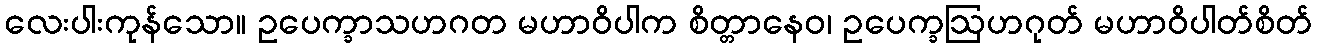
လေးပါးကုန်သော။ ဥပေက္ခာသဟဂတ မဟာဝိပါက စိတ္တာနေဝ၊ ဥပေက္ခဩဟဂုတ် မဟာဝိပါတ်စိတ်